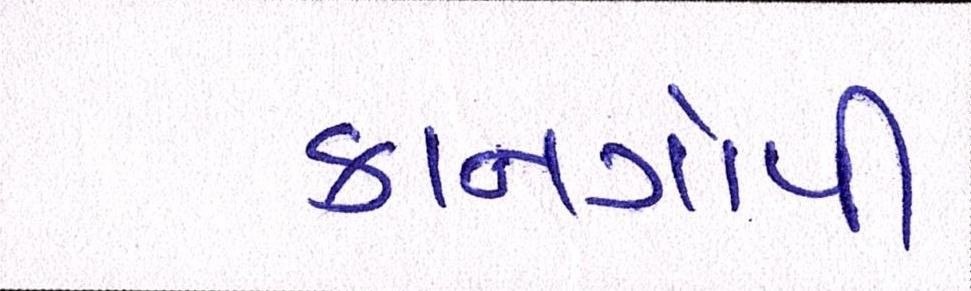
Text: કાનગોપી